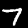
Label: 7